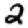
Digit: 2